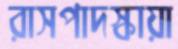
রাসপাদস্কায়া